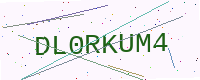
Text: DL0RKUM4